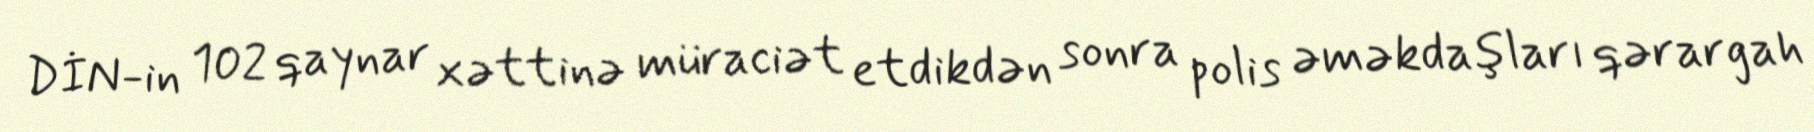
DİN-in 102 qaynar xəttinə müraciət etdikdən sonra polis əməkdaşları qərargah